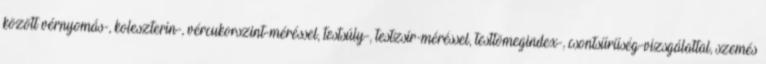
között vérnyomás-, koleszterin-, vércukorszint-méréssel, testsúly-, testzsír-méréssel, testtömegindex-, csontsűrűség-vizsgálattal, szemés